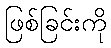
ဖြစ်ခြင်းကို